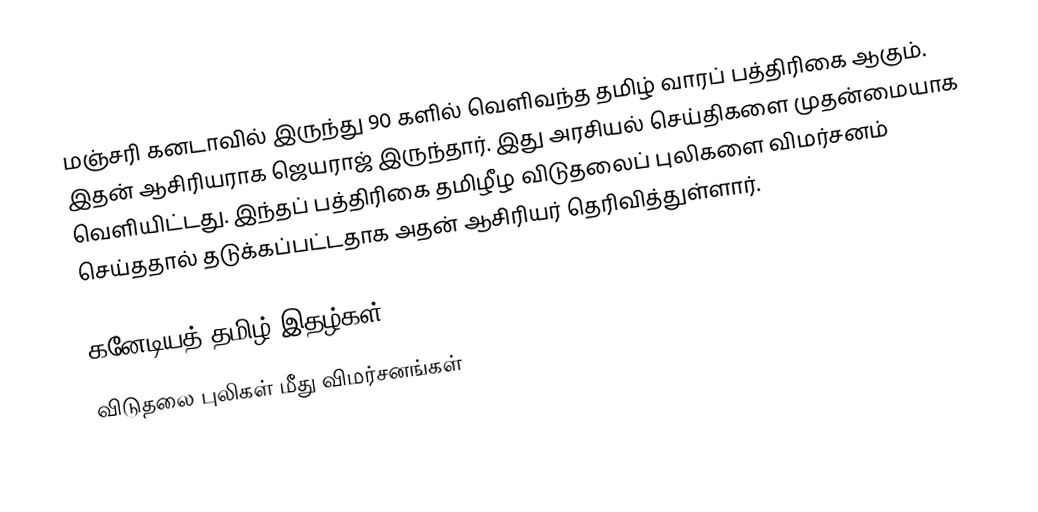
மஞ்சரி கனடாவில் இருந்து  90 களில் வெளிவந்த தமிழ் வாரப் பத்திரிகை ஆகும்.  இதன் ஆசிரியராக ஜெயராஜ் இருந்தார்.  இது அரசியல் செய்திகளை முதன்மையாக வெளியிட்டது.  இந்தப் பத்திரிகை தமிழீழ விடுதலைப் புலிகளை விமர்சனம் செய்ததால் தடுக்கப்பட்டதாக அதன் ஆசிரியர் தெரிவித்துள்ளார்.

கனேடியத் தமிழ் இதழ்கள்
விடுதலை புலிகள் மீது விமர்சனங்கள்